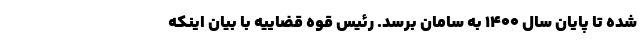
شده تا پایان سال ۱۴۰۰ به سامان برسد. رئیس قوه قضاییه با بیان اینکه